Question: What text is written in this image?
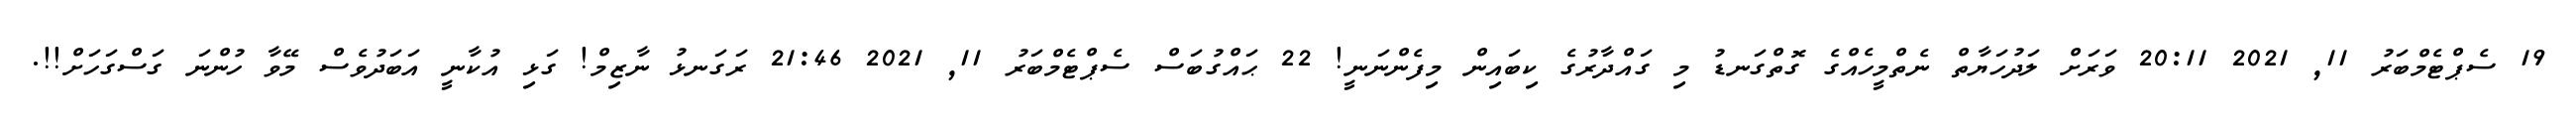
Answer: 19 ސެޕްޓެމްބަރު 11, 2021 20:11 ވަރަށް ލަދުހަޔާތް ނެތްމީހެއްގެ ގޮތްގަނޑު މި ގައްދާރުގެ ކިބައިން މިފެންނަނީ! 22 ޙައްގުބަސް ސެޕްޓެމްބަރު 11, 2021 21:46 ރަގަނޅު ނާޒިމް! ގަޅި އުކާނީ އަބަދުވެސް މޭވާ ހުންނަ ގަސްގަހަށް!!.